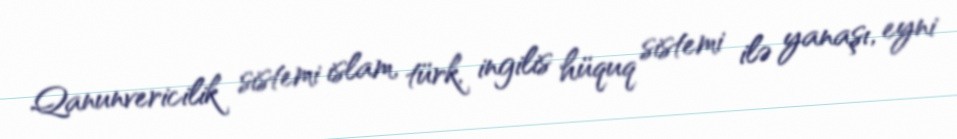
Qanunvericilik sistemi islam, türk, ingilis hüquq sistemi ilə yanaşı, eyni